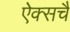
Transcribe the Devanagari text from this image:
ऐक्सचै